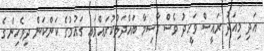
އަދި މިއަދު ރައީސް ވަހީދު ވެސް ގާސިމާ ބައްދަލުކުރައްވައި ގައުމުގެ ކަންކަން ދިވެހިންގެ